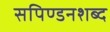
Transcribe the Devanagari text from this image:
सपिण्डनशब्द